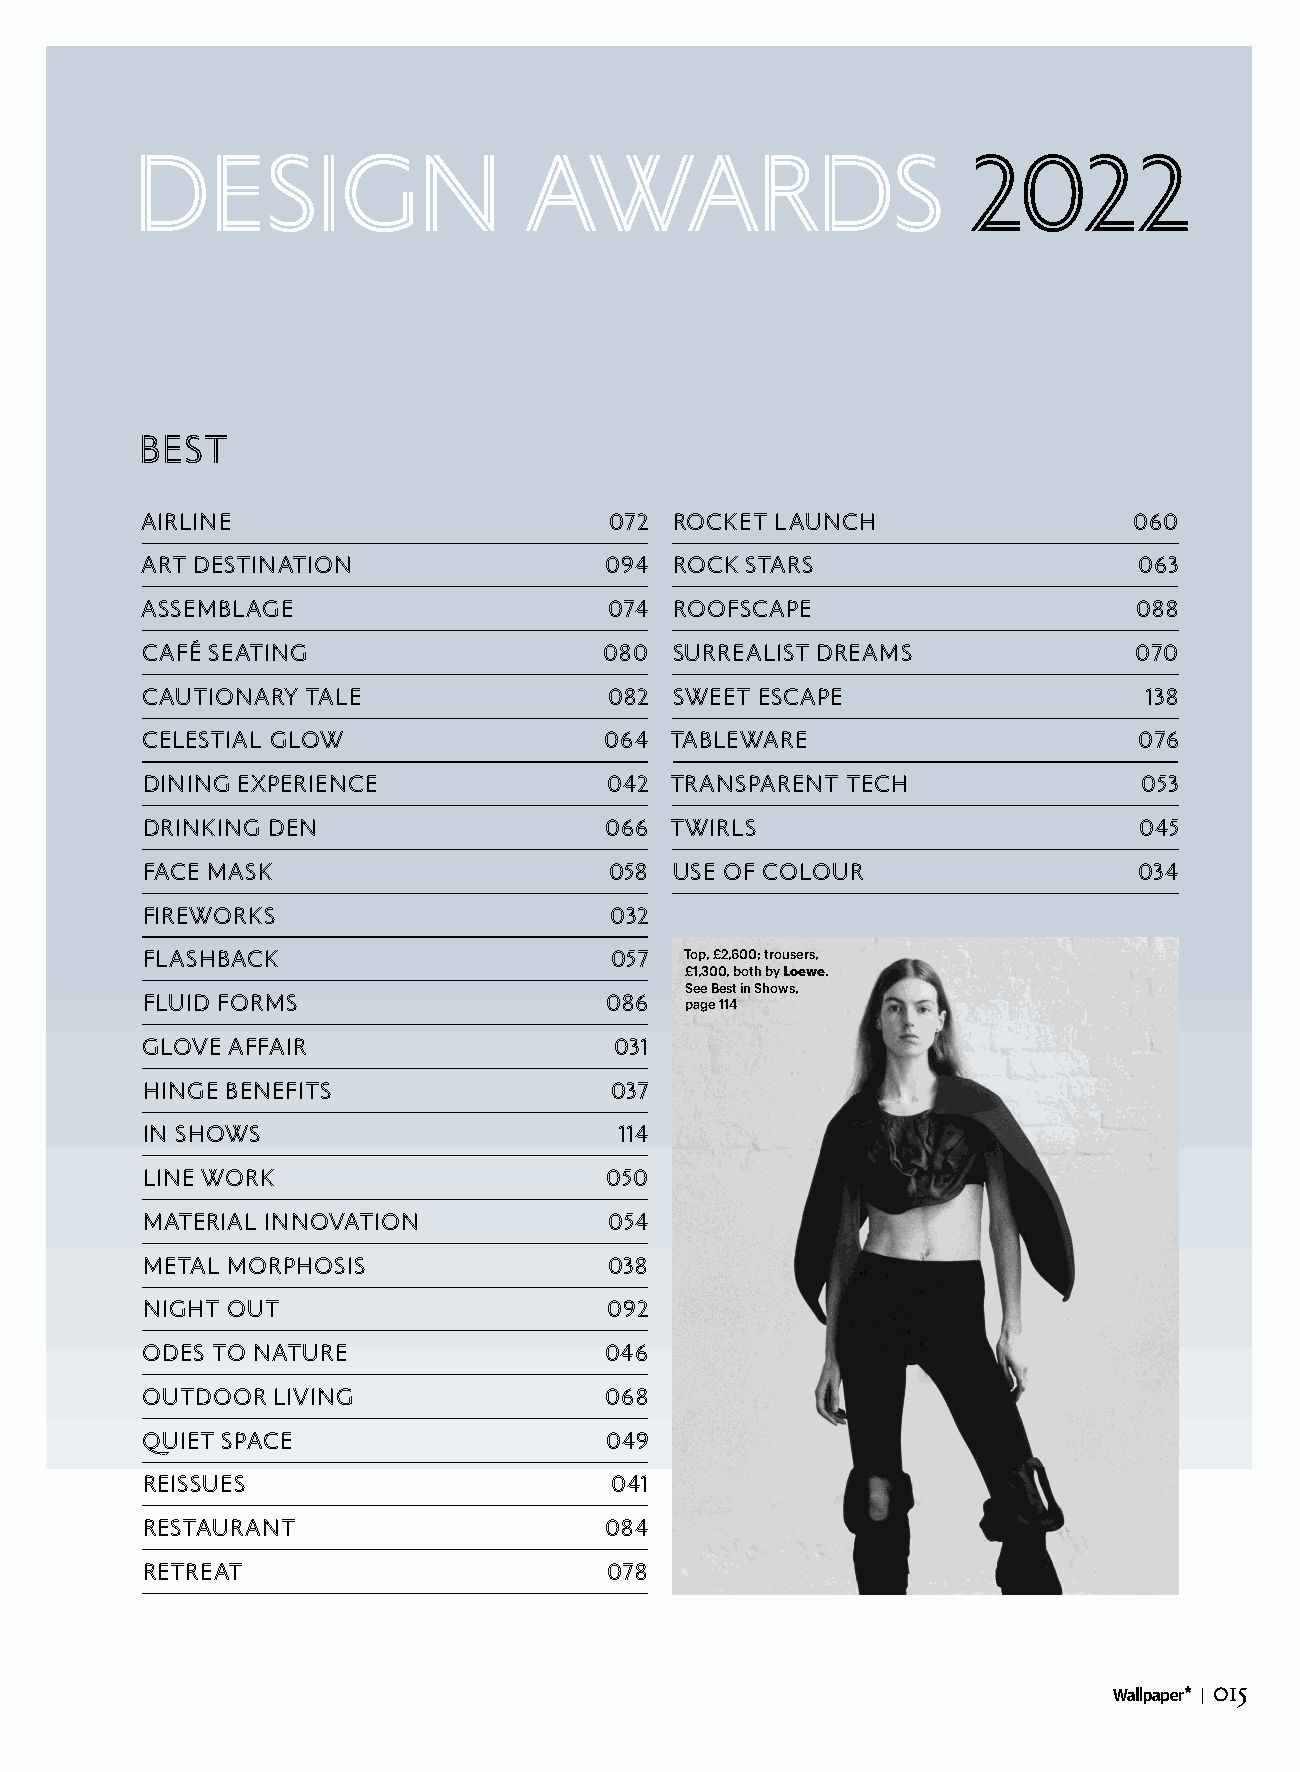
W* AWARDS
 DESIGN                    AWARDS                       2022
 BEST
 AIRLINE                        072  ROCKET LAUNCH                 060
 ART DESTINATION                094  ROCK STARS                    063
 ASSEMBLAGE                     074  ROOFSCAPE                     088
 CAFÉ SEATING                   080  SURREALIST DREAMS             070
 CAUTIONARY TALE                082  SWEET ESCAPE                   138
 CELESTIAL GLOW                 064 TABLEWARE                      076
 DINING EXPERIENCE              042 TRANSPARENT TECH               053
 DRINKING DEN                   066 TWIRLS                         045
 FACE MASK                      058  USE OF COLOUR                 034
 FIREWORKS                      032
 FLASHBACK                      057  Top, £2,600; trousers,
 £1,300, both by Loewe.
 See Best in Shows,
 FLUID FORMS                    086
 page 114
 GLOVE AFFAIR                    031
 HINGE BENEFITS                 037
 IN SHOWS                        114
 LINE WORK                      050
 MATERIAL INNOVATION            054
 METAL MORPHOSIS                038
 NIGHT OUT                      092
 ODES TO NATURE                 046
 OUTDOOR  LIVING                068
 QUIET SPACE                    049
 REISSUES                       041
 RESTAURANT                     084
 RETREAT                        078
 015
 ∑